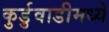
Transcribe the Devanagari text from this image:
कुर्डुवाडीमध्ये